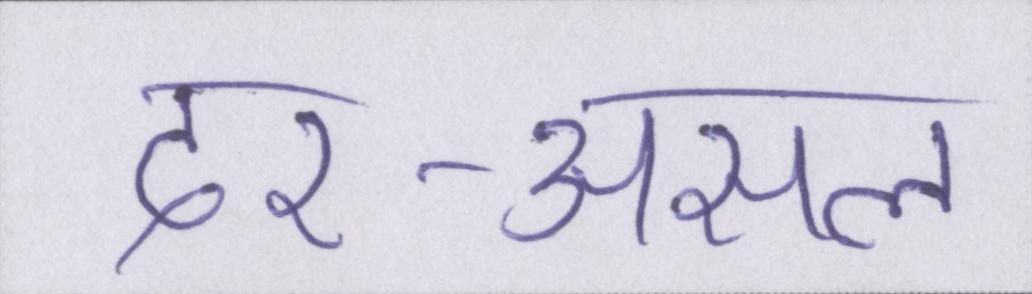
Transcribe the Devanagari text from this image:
दर-असल